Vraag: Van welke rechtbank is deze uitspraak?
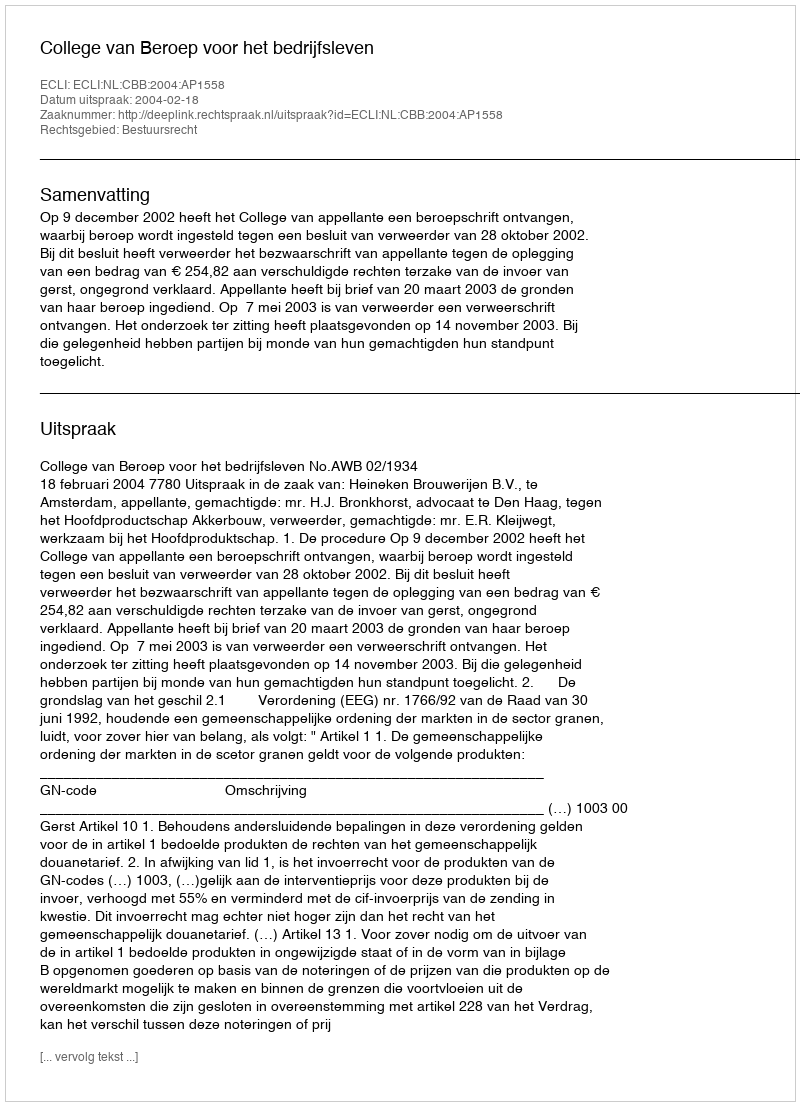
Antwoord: College van Beroep voor het bedrijfsleven